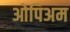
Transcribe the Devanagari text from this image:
ओपिअम